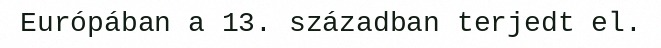
Európában a 13. században terjedt el.